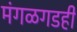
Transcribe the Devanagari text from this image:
मंगळगडही